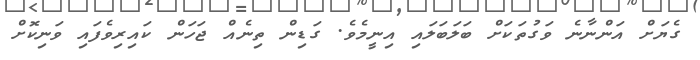
ގެޔަށް އަންނާނެ ވަގުތަކަށް ބަލަބަލައި އިނީމެވެ. ގަޑިން ތިނެއް ޖަހަން ކައިރިވެފައި ވަނިކޮށް